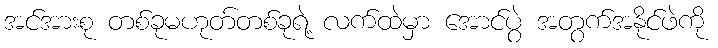
အင်အားစု တစ်ခုမဟုတ်တစ်ခုရဲ့ လက်ထဲမှာ အောင်ပွဲ အတွက်အနိုင်ဖဲကို